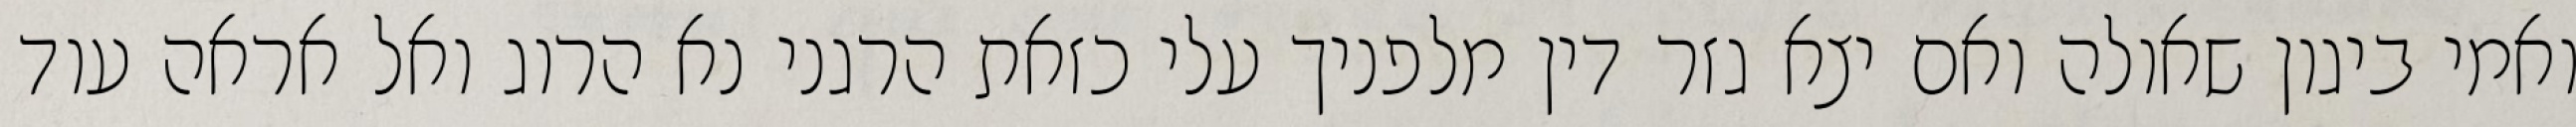
ואמי ביגון שאולה ואם יצא גזר דין מלפניך עלי כזאת הרגני נא הרוג ואל אראה עוד